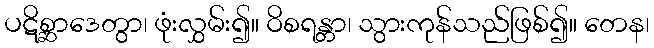
ပဋိစ္ဆာဒေတွာ၊ ဖုံးလွှမ်း၍။ ဝိစရန္တာ၊ သွားကုန်သည်ဖြစ်၍။ တေန၊